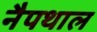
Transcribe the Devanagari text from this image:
नैपथाल